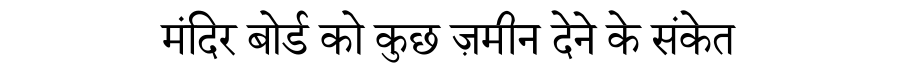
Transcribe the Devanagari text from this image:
मंदिर बोर्ड को कुछ ज़मीन देने के संकेत